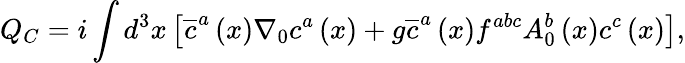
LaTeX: Q_{C}=i\int d^{3}x\left[\overline{{{c}}}^{a}\left(x\right)\nabla_{0}c^{a}\left(x\right)+g\overline{{{c}}}^{a}\left(x\right)f^{abc}A_{0}^{b}\left(x\right)c^{c}\left(x\right)\right],